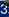
3